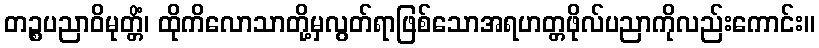
တဉ္စပညာဝိမုတ္တိံ၊ ထိုကိလောသာတို့မှလွတ်ရာဖြစ်သောအရဟတ္တဖိုလ်ပညာကိုလည်းကောင်း။